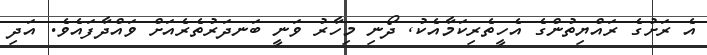
އެ ރަށުގެ ރައްޔިތުންގެ އެހީތެރިކަމާއެކު